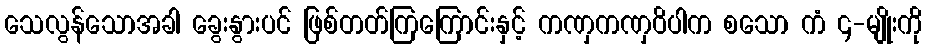
သေလွန်သောအခါ ခွေးနွားပင် ဖြစ်တတ်ကြကြောင်းနှင့် ကဏှကဏှဝိပါက စသော ကံ ၄-မျိုးကို